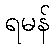
ရမန်